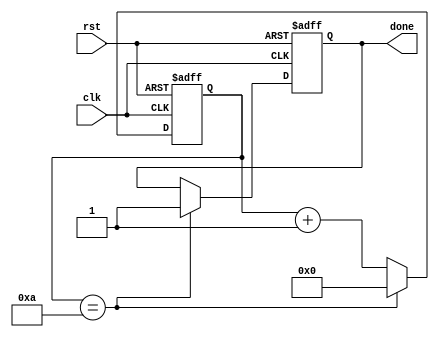
module do_while_loop (
    input wire clk, // Clock signal
    input wire rst, // Reset signal
    output reg done // Output signal indicating loop completion
);

reg [3:0] count; // Counter variable

always @(posedge clk or posedge rst) begin
    if (rst) begin
        count <= 4'b0000; // Initialize counter
        done <= 1'b0; // Reset done signal
    end else begin
        count <= count + 4'b0001; // Increment counter

        // Statements to be executed within the loop
        // You can add your specific logic here

        if (count == 4'b1010) begin
            done <= 1'b1; // Set done signal to indicate loop completion
            count <= 4'b0000; // Reset counter for next iteration
        end
    end
end

endmodule